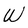
Character: W